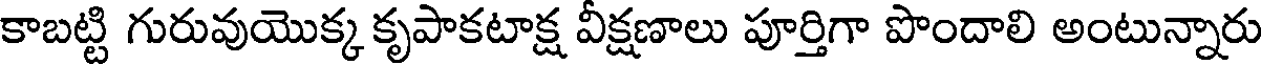
కాబట్టి గురువుయొక్క కృపాకటాక్ష వీక్షణాలు పూర్తిగా పొందాలి అంటున్నారు